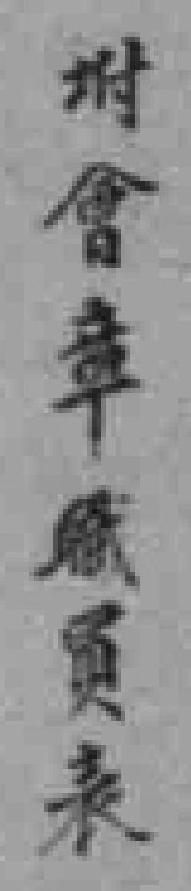
坿會章威員表